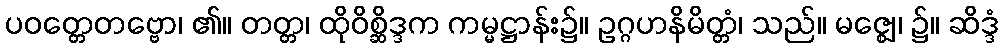
ပဝတ္တေတဗ္ဗော၊ ၏။ တတ္တ၊ ထိုဝိစ္ဆိဒ္ဒက ကမ္မဋ္ဌာန်း၌။ ဥဂ္ဂဟနိမိတ္တံ၊ သည်။ မဇ္ဈေ၊ ၌။ ဆိဒ္ဒံ